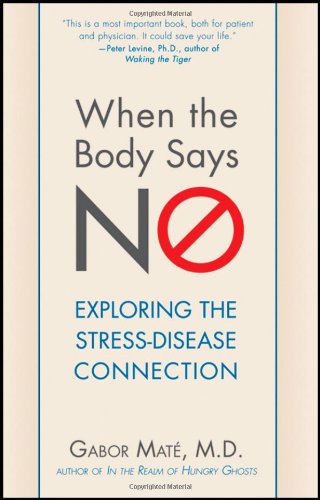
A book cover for When the Body Says No: Exploring the Stress-Disease Connection; Gabor Mate; Self-Help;